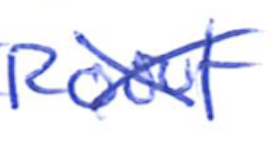
Text: Roof
Cross-out: cross
Writing tool: ballpoint